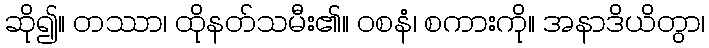
ဆို၍။ တဿာ၊ ထိုနတ်သမီး၏။ ဝစနံ၊ စကားကို။ အနာဒိယိတွာ၊